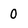
Character: O